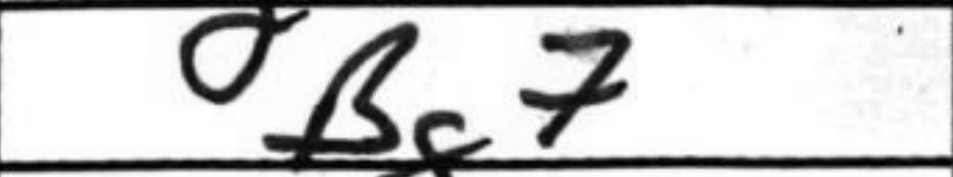
Transcription: Bg7